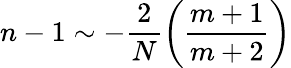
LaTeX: n-1\sim-\frac{2}{N}\left(\frac{m+1}{m+2}\right)